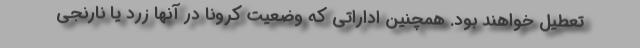
تعطیل خواهند بود. همچنین اداراتی که وضعیت کرونا در آنها زرد یا نارنجی